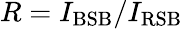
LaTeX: R=I_{\mathrm{BSB}}/I_{\mathrm{RSB}}